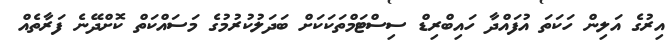
އިރުގެ އަލިން ހަކަތަ އުފައްދާ ހައިބްރިޑް ސިސްޓަމްތަކަކަށް ބަދަލުކުރުމުގެ މަސައްކަތް ކޮށްދޭނެ ފަރާތެއް